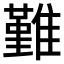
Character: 𩀤